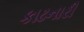
કાઢનારી